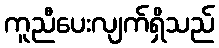
ကူညီပေးလျက်ရှိသည်